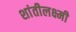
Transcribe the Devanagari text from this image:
शांतीलक्ष्मी